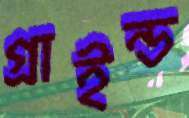
গ্রাইন্ড